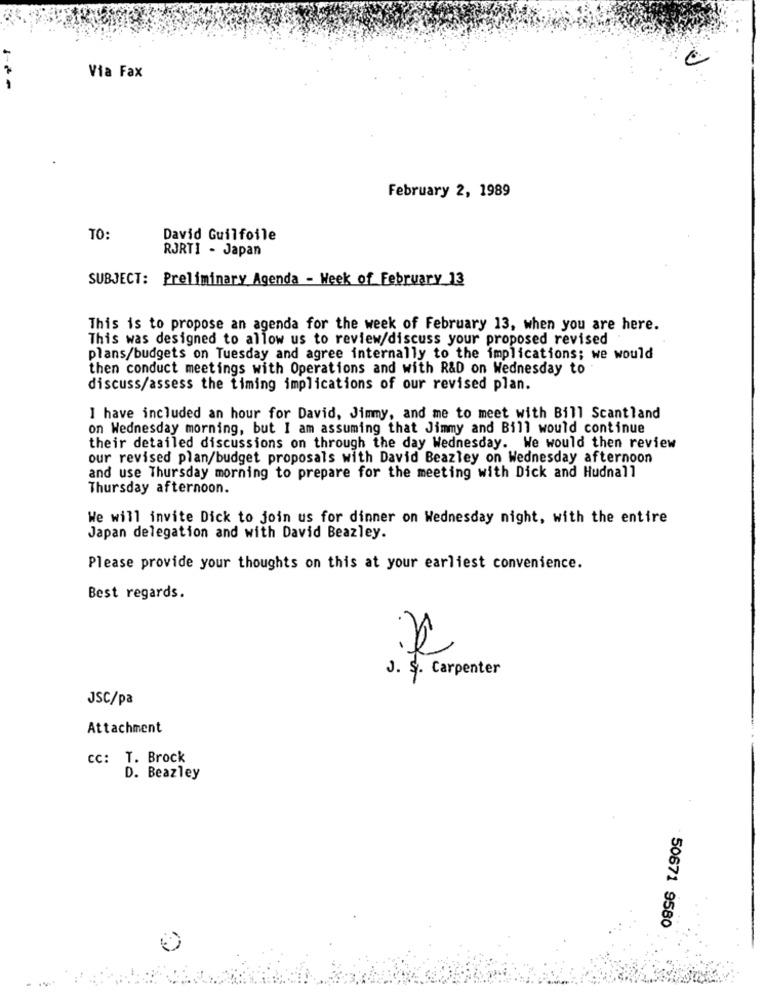
Via Fax
February 2, 1989
TO:
David Guilfoile
RJRTI - Japan
SUBJECT: Preliminary Agenda - Week of February 13
This is to propose an agenda for the week of February 13, when you are here.
This was designed to allow us to review/discuss your proposed revised
plans/budgets on Tuesday and agree internally to the implications; we would
then conduct meetings with Operations and with R&D on Wednesday to
discuss/assess the timing implications of our revised plan.
I have included an hour for David, Jimmy, and me to meet with Bill Scantland
on Wednesday morning, but I am assuming that Jimmy and Bill would continue
their detailed discussions on through the day Wednesday. We would then review
our revised plan/budget proposals with David Beazley on Wednesday afternoon
and use Thursday morning to prepare for the meeting with Dick and Hudnall
Thursday afternoon.
We will invite Dick to join us for dinner on Wednesday night, with the entire
Japan delegation and with David Beazley.
Please provide your thoughts on this at your earliest convenience.
Best regards.
J. S. Carpenter
JSC/pa
Attachment
cc: T. Brock
D. Beazley
50671 9580